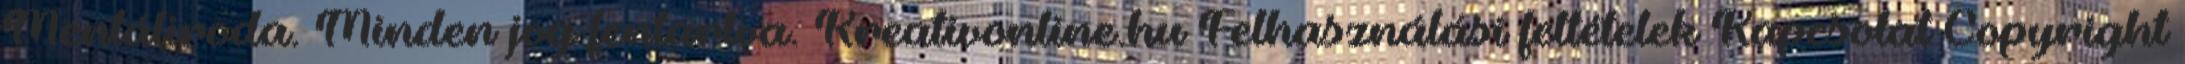
Mentáliroda. Minden jog fentartva. Kreativonline.hu Felhasználási feltételek Kapcsolat Copyright